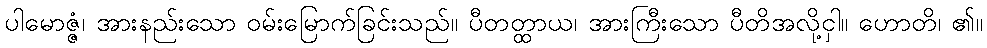
ပါမောဇ္ဇံ၊ အားနည်းသော ဝမ်းမြောက်ခြင်းသည်။ ပီတတ္ထာယ၊ အားကြီးသော ပီတိအလို့ငှါ။ ဟောတိ၊ ၏။